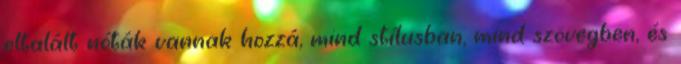
eltalált nóták vannak hozzá, mind stílusban, mind szövegben, és